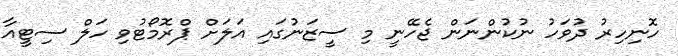
ހޮނިހިރު ދުވަހު ނުކުންނަން ޖެހޭނީ މި ސީޒަނުގައި އަލަށް ޕްރޮމޯޓުވި ހަލް ސިޓީއާ